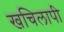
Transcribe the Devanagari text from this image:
खचिलापी